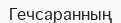
Гечсаранның